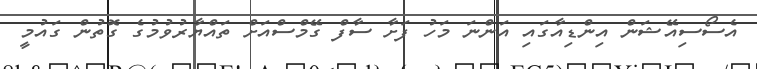
އެސޯސިއޭޝަން އިންޑިއާގައި އަންނަ މަހު ފަށާ ސާފް ގޭމްސްއަށް ތައްޔާރުވުމުގެ ގޮތުން ގައުމީ